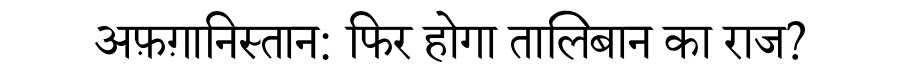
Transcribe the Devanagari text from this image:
अफ़ग़ानिस्तान: फिर होगा तालिबान का राज?